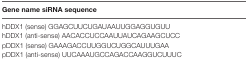
| Gene name siRNA sequence |
 | --- |
 | hDDX1 (sense) GGAGCUUCUGAUAAUUGGAGGUGUU |
 | hDDX1 (anti-sense) AACACCUCCAAUUAUCAGAAGCUCC |
 | pDDX1 (sense) GAAAGACCUUGGUCUGGCAUUUGAA |
 | pDDX1 (anti-sense) UUCAAAUGCCAGACCAAGGUCUUUC |